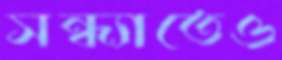
সন্ধ্যাতেও